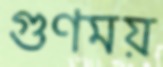
গুণময়